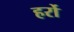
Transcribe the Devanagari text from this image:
हर्रो